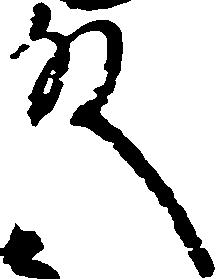
殿